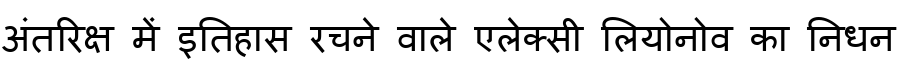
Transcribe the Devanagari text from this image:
अंतरिक्ष में इतिहास रचने वाले एलेक्सी लियोनोव का निधन